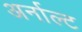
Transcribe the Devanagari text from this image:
अर्नाल्ट